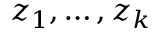
z _ { 1 } , \ldots , z _ { k }